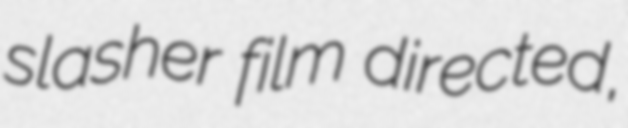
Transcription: slasher film directed,